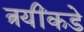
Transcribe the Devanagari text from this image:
त्रयींकडे